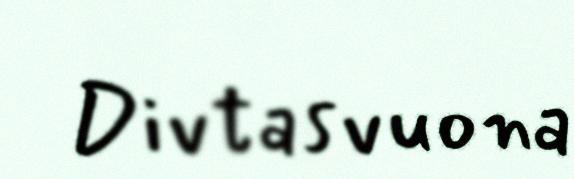
Divtasvuona